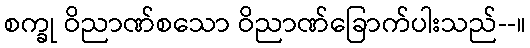
စက္ခု ဝိညာဏ်စသော ဝိညာဏ်ခြောက်ပါးသည်--။